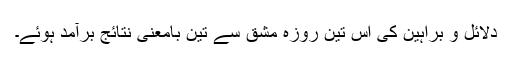
دلائل و براہین کی اس تین روزہ مشق سے تین بامعنی نتائج برآمد ہوئے۔